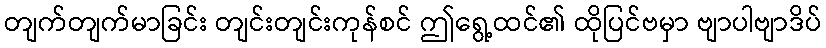
တျက်တျက်မာခြင်း တျင်းတျင်းကုန်စင် ဤရွေ့ထင်၏ ထိုပြင်ဗမှာ ဗျာပါဗျာဒိပ်